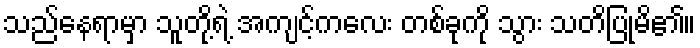
သည်နေရာမှာ သူတို့ရဲ့ အကျင့်ကလေး တစ်ခုကို သွား သတိပြုမိ၏။